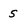
Character: 5